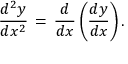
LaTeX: { \frac { d ^ { 2 } y } { d x ^ { 2 } } } \, = \, { \frac { d } { d x } } \left( { \frac { d y } { d x } } \right) .